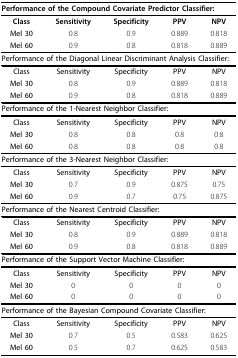
<table><thead><tr><td colspan="5"><b>Performance of the Compound Covariate Predictor Classifier:</b></td></tr></thead><tbody><tr><td><b>Class</b></td><td><b>Sensitivity</b></td><td><b>Specificity</b></td><td><b>PPV</b></td><td><b>NPV</b></td></tr><tr><td><b>Mel 30</b></td><td>0.8</td><td>0.9</td><td>0.889</td><td>0.818</td></tr><tr><td><b>Mel 60</b></td><td>0.9</td><td>0.8</td><td>0.818</td><td>0.889</td></tr><tr><td colspan="5"><b>Performance of the Diagonal Linear Discriminant Analysis Classifier:</b></td></tr><tr><td><b>Class</b></td><td><b>Sensitivity</b></td><td><b>Specificity</b></td><td><b>PPV</b></td><td><b>NPV</b></td></tr><tr><td><b>Mel 30</b></td><td>0.8</td><td>0.9</td><td>0.889</td><td>0.818</td></tr><tr><td><b>Mel 60</b></td><td>0.9</td><td>0.8</td><td>0.818</td><td>0.889</td></tr><tr><td colspan="5"><b>Performance of the 1-Nearest Neighbor Classifier:</b></td></tr><tr><td><b>Class</b></td><td><b>Sensitivity</b></td><td><b>Specificity</b></td><td><b>PPV</b></td><td><b>NPV</b></td></tr><tr><td><b>Mel 30</b></td><td>0.8</td><td>0.8</td><td>0.8</td><td>0.8</td></tr><tr><td><b>Mel 60</b></td><td>0.8</td><td>0.8</td><td>0.8</td><td>0.8</td></tr><tr><td colspan="5"><b>Performance of the 3-Nearest Neighbor Classifier:</b></td></tr><tr><td><b>Class</b></td><td><b>Sensitivity</b></td><td><b>Specificity</b></td><td><b>PPV</b></td><td><b>NPV</b></td></tr><tr><td><b>Mel 30</b></td><td>0.7</td><td>0.9</td><td>0.875</td><td>0.75</td></tr><tr><td><b>Mel 60</b></td><td>0.9</td><td>0.7</td><td>0.75</td><td>0.875</td></tr><tr><td colspan="5"><b>Performance of the Nearest Centroid Classifier:</b></td></tr><tr><td><b>Class</b></td><td><b>Sensitivity</b></td><td><b>Specificity</b></td><td><b>PPV</b></td><td><b>NPV</b></td></tr><tr><td><b>Mel 30</b></td><td>0.8</td><td>0.9</td><td>0.889</td><td>0.818</td></tr><tr><td><b>Mel 60</b></td><td>0.9</td><td>0.8</td><td>0.818</td><td>0.889</td></tr><tr><td colspan="5"><b>Performance of the Support Vector Machine Classifier:</b></td></tr><tr><td><b>Class</b></td><td><b>Sensitivity</b></td><td><b>Specificity</b></td><td><b>PPV</b></td><td><b>NPV</b></td></tr><tr><td><b>Mel 30</b></td><td>0</td><td>0</td><td>0</td><td>0</td></tr><tr><td><b>Mel 60</b></td><td>0</td><td>0</td><td>0</td><td>0</td></tr><tr><td colspan="5"><b>Performance of the Bayesian Compound Covariate Classifier:</b></td></tr><tr><td><b>Class</b></td><td><b>Sensitivity</b></td><td><b>Specificity</b></td><td><b>PPV</b></td><td><b>NPV</b></td></tr><tr><td><b>Mel 30</b></td><td>0.7</td><td>0.5</td><td>0.583</td><td>0.625</td></tr><tr><td><b>Mel 60</b></td><td>0.5</td><td>0.7</td><td>0.625</td><td>0.583</td></tr></tbody></table>